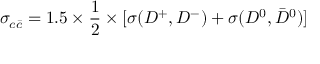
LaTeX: \sigma _ { c \bar { c } } = 1 . 5 \times { \frac { 1 } { 2 } } \times \lbrack { \sigma ( D ^ { + } , D ^ { - } ) + \sigma ( D ^ { 0 } , \bar { D } ^ { 0 } ) ] }